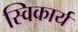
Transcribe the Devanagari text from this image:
स्विकार्य